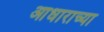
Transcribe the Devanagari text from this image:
आधाराच्या